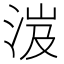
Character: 𣵵